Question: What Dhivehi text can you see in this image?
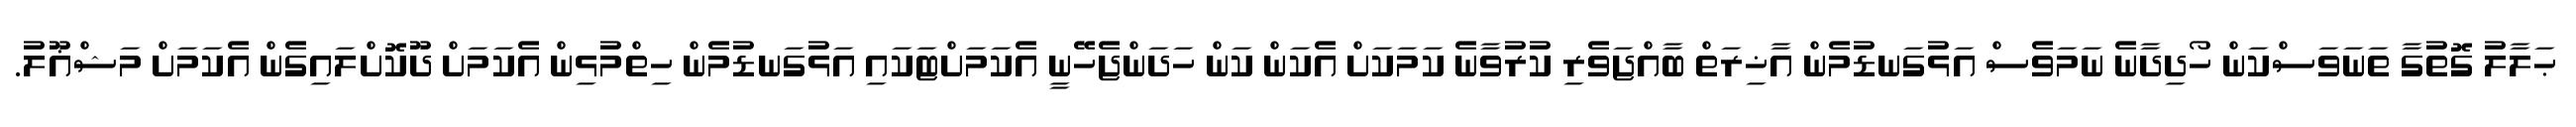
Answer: ޙަލާލު ގޮތުގާ ތަނަވަސްކަން ހޯދިދާނެ ނަމަވެސް އަޅުގަނޑުމެން އާޚިރަތް ބާއްޖަވެރި ކުރުވާނެ ކަމަކަށް އެކަން ކަން ހަދަންޖެހޭނީ އެކަމަށްޓަކައި އަޅުގަނޑުމެން ހިތްމުޅިން އެކަމަށް ދޫކޮށްލައިގެން އެކަމަށް މަޝްޣޫލު.